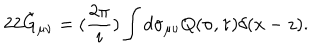
2 2 \tilde { G } _ { \mu \nu } = ( \frac { 2 \pi } { i } ) \int d \sigma _ { \mu \nu } Q ( \sigma , \tau ) \delta ( x - z ) .